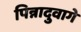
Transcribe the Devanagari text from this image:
पिन्नादुवागे